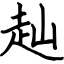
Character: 赸